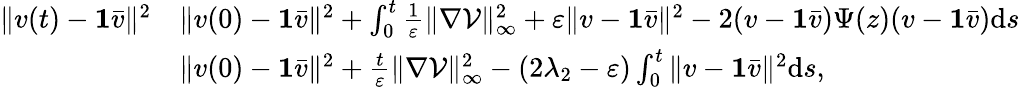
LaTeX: \begin{array}{rl}{\| v(t)-\textbf{1}\bar{v}\| ^{2}}&{\le\| v(0)-\textbf{1}\bar{v}\| ^{2}+\int_{0}^{t}\frac{1}{\varepsilon}\| \nabla\mathcal V\| _{\infty}^{2}+\varepsilon\| v-\textbf{1}\bar{v}\| ^{2}-2(v-\textbf{1}\bar{v})\Psi(z)(v-\textbf{1}\bar{v})\mathrm ds}\\ &{\le\| v(0)-\textbf{1}\bar{v}\| ^{2}+\frac{t}{\varepsilon}\| \nabla\mathcal V\| _{\infty}^{2}-(2\lambda_{2}-\varepsilon)\int_{0}^{t}\| v-\textbf{1}\bar{v}\| ^{2}\mathrm ds,}\end{array}